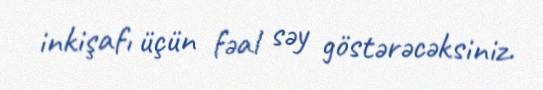
inkişafı üçün fəal səy göstərəcəksiniz.